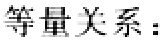
等量关系：